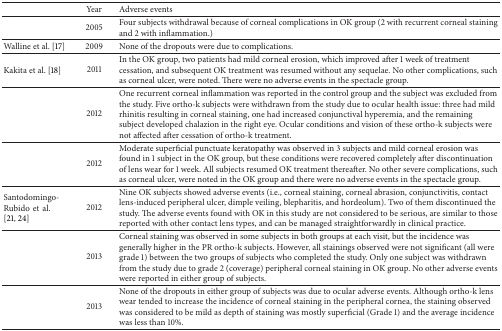
<table><thead><tr><td>[EMPTY_CELL]</td><td><b>Year</b></td><td><b>Adverse events</b></td></tr></thead><tbody><tr><td>[EMPTY_CELL]</td><td>2005</td><td>Four subjects withdrawal because of corneal complications in OK group (2 with recurrent corneal staining and 2 with inflammation.)</td></tr><tr><td>Walline et al. [17]</td><td>2009</td><td>None of the dropouts were due to complications.</td></tr><tr><td>Kakita et al. [18]</td><td>2011</td><td>In the OK group, two patients had mild corneal erosion, which improved after 1 week of treatment cessation, and subsequent OK treatment was resumed without any sequelae. No other complications, such as corneal ulcer, were noted. There were no adverse events in the spectacle group.</td></tr><tr><td>[EMPTY_CELL]</td><td>2012</td><td>One recurrent corneal inflammation was reported in the control group and the subject was excluded from the study. Five ortho-k subjects were withdrawn from the study due to ocular health issue: three had mild rhinitis resulting in corneal staining, one had increased conjunctival hyperemia, and the remaining subject developed chalazion in the right eye. Ocular conditions and vision of these ortho-k subjects were not affected after cessation of ortho-k treatment.</td></tr><tr><td>[EMPTY_CELL]</td><td>2012</td><td>Moderate superficial punctuate keratopathy was observed in 3 subjects and mild corneal erosion was found in 1 subject in the OK group, but these conditions were recovered completely after discontinuation of lens wear for 1 week. All subjects resumed OK treatment thereafter. No other severe complications, such as corneal ulcer, were noted in the OK group and there were no adverse events in the spectacle group.</td></tr><tr><td>Santodomingo-Rubidoetal. [21, 24]</td><td>2012</td><td>Nine OK subjects showed adverse events (i.e., corneal staining, corneal abrasion, conjunctivitis, contact lens-induced peripheral ulcer, dimple veiling, blepharitis, and hordeolum). Two of them discontinued the study. The adverse events found with OK in this study are not considered to be serious, are similar to those reported with other contact lens types, and can be managed straightforwardly in clinical practice.</td></tr><tr><td>[EMPTY_CELL]</td><td>2013</td><td>Corneal staining was observed in some subjects in both groups at each visit, but the incidence was generally higher in the PR ortho-k subjects. However, all stainings observed were not significant (all were grade 1) between the two groups of subjects who completed the study. Only one subject was withdrawn from the study due to grade 2 (coverage) peripheral corneal staining in OK group. No other adverse events were reported in either group of subjects. </td></tr><tr><td>[EMPTY_CELL]</td><td>2013</td><td>None of the dropouts in either group of subjects was due to ocular adverse events. Although ortho-k lens wear tended to increase the incidence of corneal staining in the peripheral cornea, the staining observed was considered to be mild as depth of staining was mostly superficial (Grade 1) and the average incidence was less than 10%.</td></tr></tbody></table>